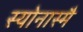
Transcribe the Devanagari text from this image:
स्योनास्मै